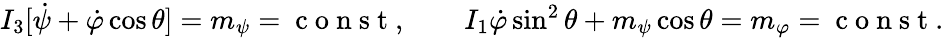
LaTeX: \begin{array}{r}{I_{3}[\dot{\psi}+\dot{\varphi}\cos\theta]=m_{\psi}=\mathrm{~c~o~n~s~t~},\qquad I_{1}\dot{\varphi}\sin^{2}\theta+m_{\psi}\cos\theta=m_{\varphi}=\mathrm{~c~o~n~s~t~}.}\end{array}